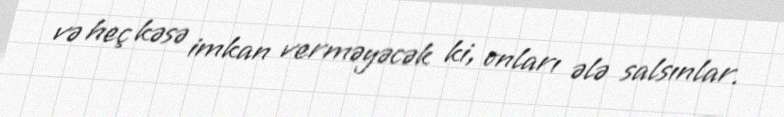
və heç kəsə imkan verməyəcək ki, onları ələ salsınlar.